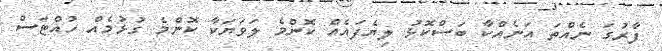
ފާރުގަ ނެއްތަ އަނެއްކާ ބަސްކޮޅު ލިޔެފައެއް ކޮންމެ ލަވަޔަކާ ކޮންމެ ގުޅުމެއް ހުއްޓަސް